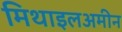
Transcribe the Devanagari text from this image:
मिथाइलअमीन